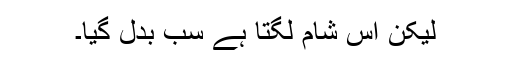
لیکن اس شام لگتا ہے سب بدل گیا۔